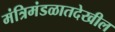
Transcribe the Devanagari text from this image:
मंत्रिमंडळातदेखील